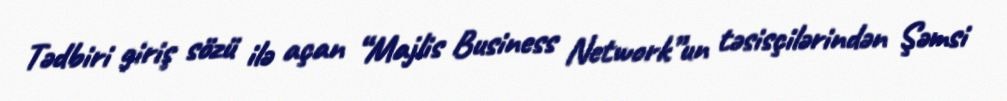
Tədbiri giriş sözü ilə açan “Majlis Business Network”un təsisçilərindən Şəmsi